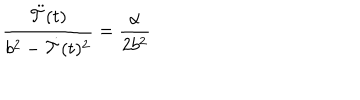
LaTeX: { \frac { \ddot { \cal T } ( t ) } { b ^ { 2 } - \dot { \cal T } ( t ) ^ { 2 } } } = { \frac { \alpha } { 2 b ^ { 2 } } }